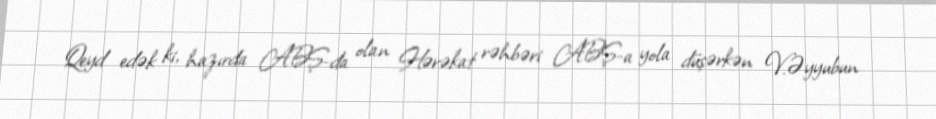
Qeyd edək ki, hazırda ABŞ-da olan Hərəkat rəhbəri ABŞ-a yola düşərkən V.Əyyubun